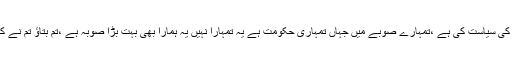
تم نے ہمیشہ گالیوں، الزامات کی سیاست کی ہے ،تمہارے صوبے میں جہاں تمہاری حکومت ہے یہ تمہارا نہیں یہ ہمارا بھی بہت بڑا صوبہ ہے ،تم بتاﺅ تم نے کے پی کے کیلئے کیا کیاہے؟